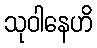
သုဝါနေဟိ